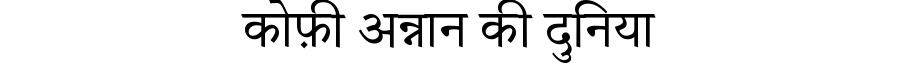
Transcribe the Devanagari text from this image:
कोफ़ी अन्नान की दुनिया